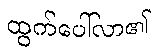
ထွက်ပေါ်လာ၏